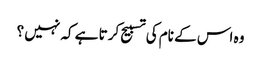
وہ اس کے نام کی تسبیح کرتا ہے کہ نہیں ؟